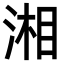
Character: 湘